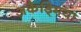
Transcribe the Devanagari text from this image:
अकैड्मिया